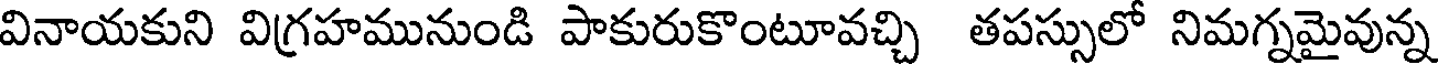
వినాయకుని విగ్రహమునుండి పాకురుకొంటూవచ్చి తపస్సులో నిమగ్నమైవున్న